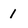
Character: 1